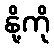
နို့ကို